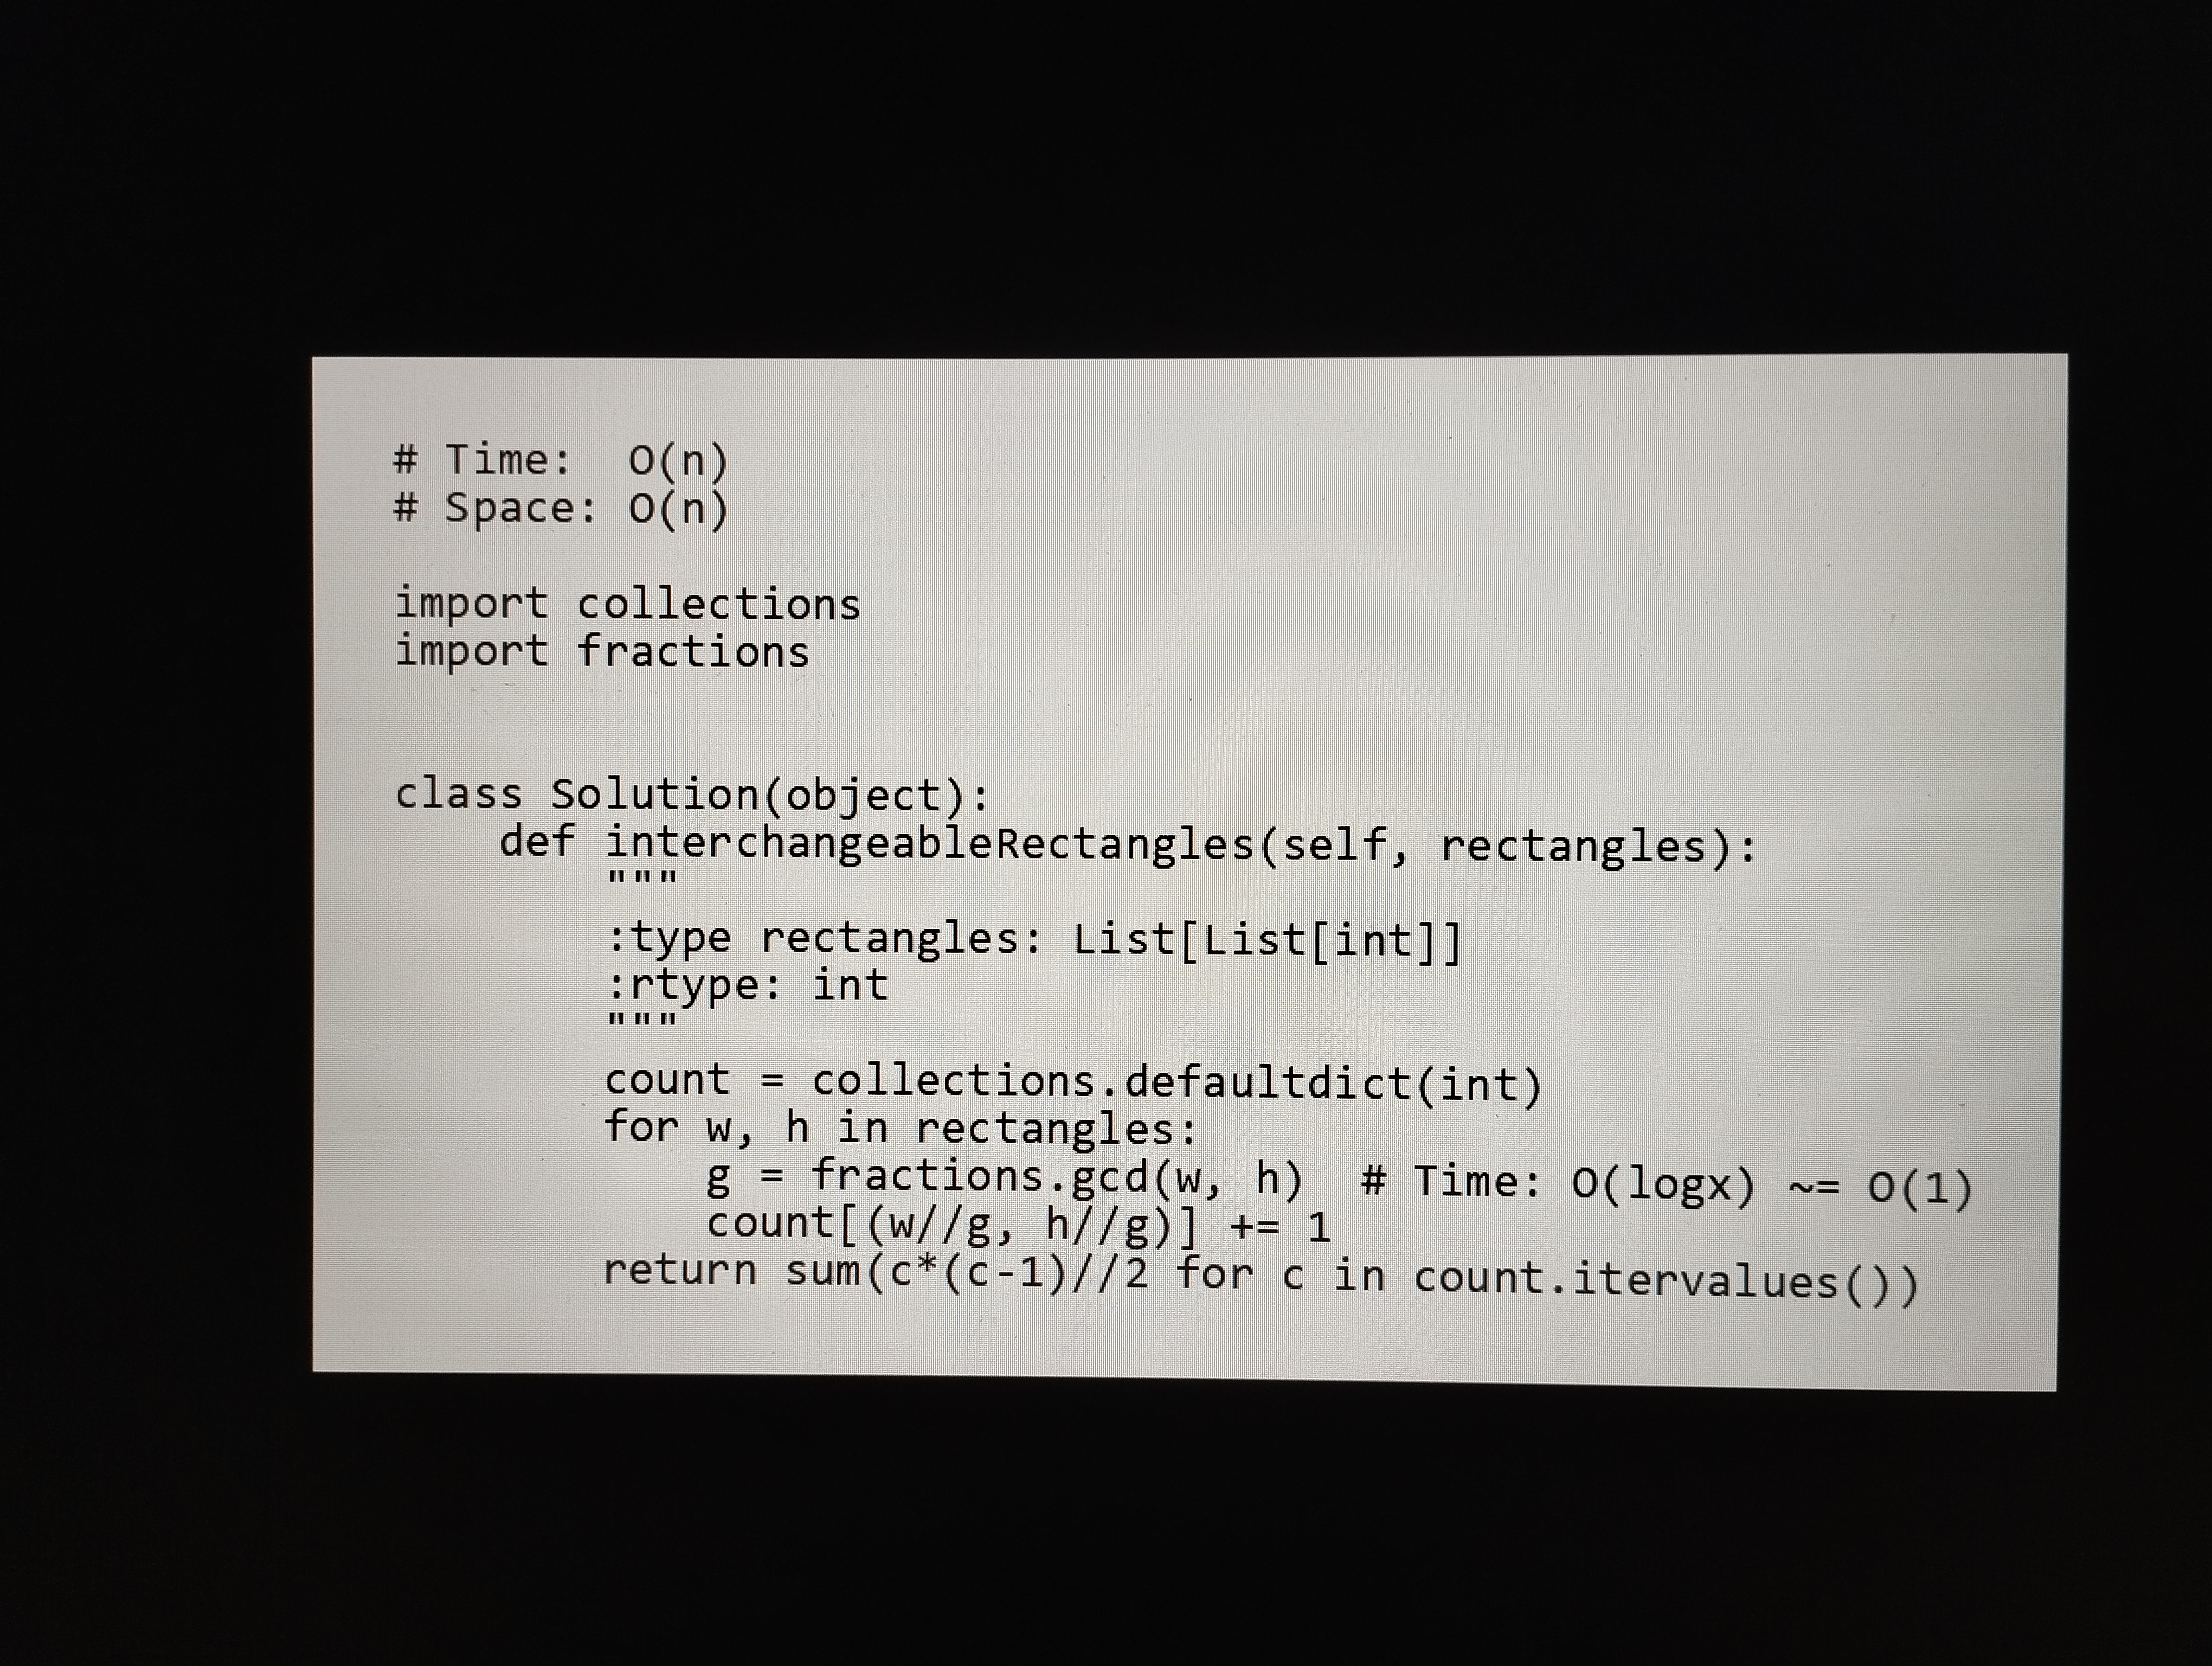
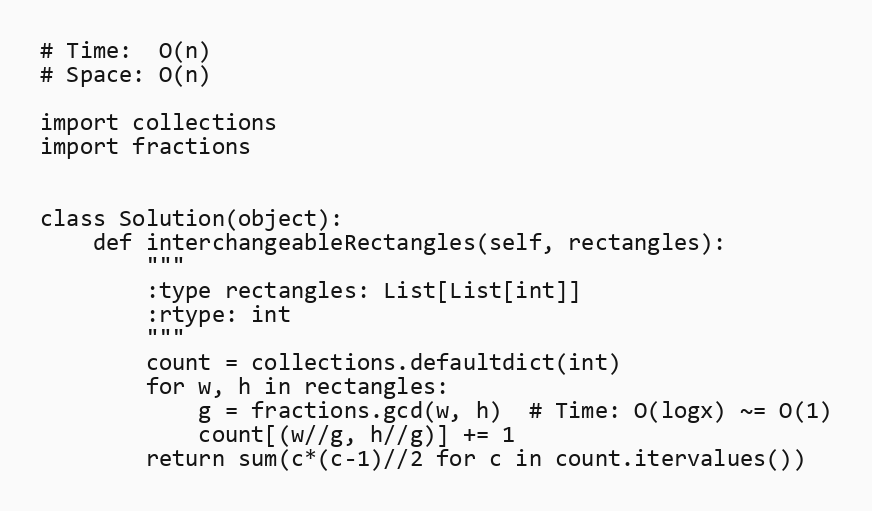
# Time:  O(n)
# Space: O(n)

import collections
import fractions

class Solution(object):
    def interchangeableRectangles(self, rectangles):
        """
        :type rectangles: List[List[int]]
        :rtype: int
        """
        count = collections.defaultdict(int)
        for w, h in rectangles:
            g = fractions.gcd(w, h)  # Time: O(logx) ~= O(1)
            count[(w//g, h//g)] += 1
        return sum(c*(c-1)//2 for c in count.itervalues())